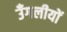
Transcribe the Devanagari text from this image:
उँगलीयों